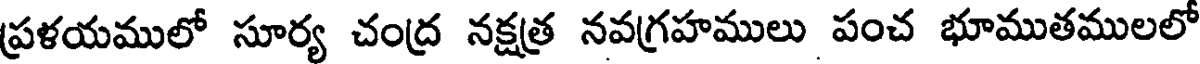
ప్రళయములో సూర్య చంద్ర నక్షత్ర నవగ్రహములు పంచ భూముతములలో